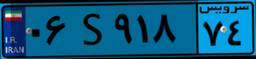
۰۶S۹۱۸۷۴